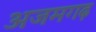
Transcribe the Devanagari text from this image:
अजमगढ़